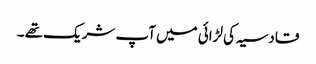
قادسیہ کی لڑائی میں آپ شریک تھے ۔